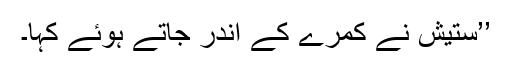
’’ستیش نے کمرے کے اندر جاتے ہوئے کہا۔